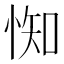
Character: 𢛍